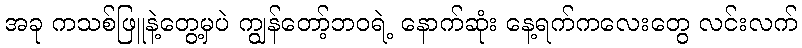
အခု ကသစ်ဖြူနဲ့တွေ့မှပဲ ကျွန်တော့်ဘဝရဲ့ နောက်ဆုံး နေ့ရက်ကလေးတွေ လင်းလက်